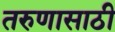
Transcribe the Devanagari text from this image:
तरुणासाठी